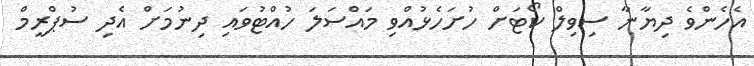
އެހެންވެ ދިޔާނާ ސިވިލް ކޯޓަށް ހުށަހެޅުއްވި މައްސަލަ ހުއްޓުވައި ދިނުމަށް އެދި ސުޕްރީމް